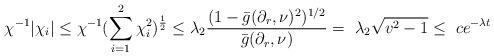
LaTeX: \begin{align*} \chi^{-1}|\chi_i|\leq \chi^{-1}(\sum_{i=1}^2\chi_i^2)^{\frac 12}\leq \lambda_2\frac{(1-\bar{g}(\partial_r,\nu)^2)^{1/2}}{\bar{g}(\partial_r,\nu)}=~ \lambda_2\sqrt{v^2-1}\leq ~ce^{-\lambda t}\end{align*}